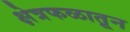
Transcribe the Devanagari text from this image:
क्षेत्रफळातून